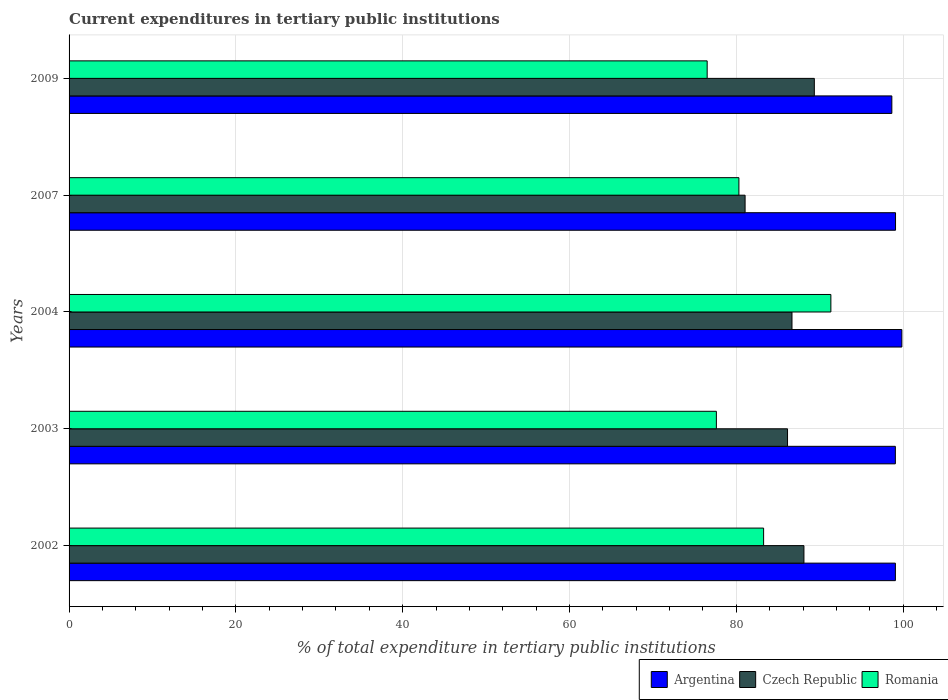
| Years | Argentina | Czech Republic | Romania |
 | --- | --- | --- | --- |
 | 2002 | 99.1 | 88.1 | 83.3 |
 | 2003 | 99.1 | 86.1 | 77.6 |
 | 2004 | 99.8 | 86.7 | 91.3 |
 | 2007 | 99.1 | 81 | 80.3 |
 | 2009 | 98.6 | 89.3 | 76.5 |